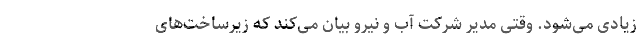
زیادی می‌شود. وقتی مدیر شرکت آب و نیرو بیان می‌کند که زیرساخت‌های